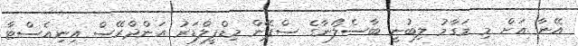
އޭނާ އަށް މި މަގާމު ލިބުނީ ބާސެލޯނާގެ ސްޕޭން މިޑްފީލްޑަރު އަންދްރޭސް އިނިއެސްޓާ